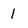
Character: l